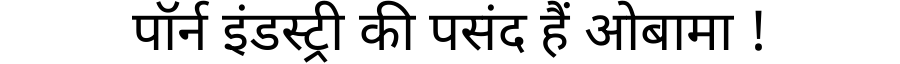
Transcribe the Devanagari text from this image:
पॉर्न इंडस्ट्री की पसंद हैं ओबामा !